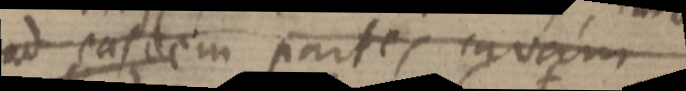
ad easdem partes curam